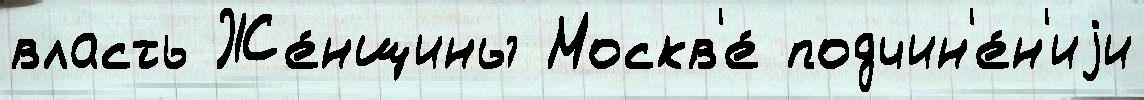
власть Же́нщины Москв'е́ подчин'е́н'иjи